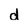
Character: d